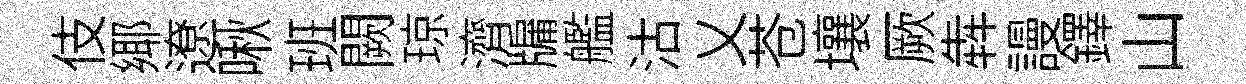
伎鄊遼啾班闕琼濟牖艦沽乂苍壤厥犇謾鐸山